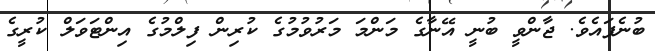
ބުނެފައެވެ. ޖާންވީ ބުނީ އޭނާގެ މަންމަ މަރުވުމުގެ ކުރިން ފިލްމުގެ އިންޓަވަލް ކުރީގެ